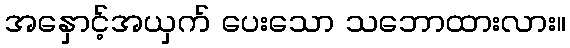
အနှောင့်အယှက် ပေးသော သဘောထားလား။